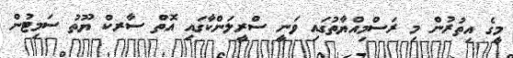
މީގެ އިތުރުން މި ރަސްމިއްޔާތުގައި ވަނީ ސްރީލަންކާގައި އޮތް ސާރކް ޔޫތު ސަމިޓުން